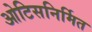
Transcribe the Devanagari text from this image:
ओटिसनिर्मित